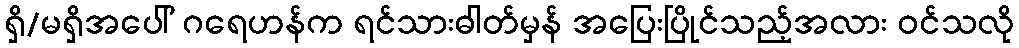
ရှိ/မရှိအပေါ် ဂရေဟန်က ရင်သားဓါတ်မှန် အပြေးပြိုင်သည့်အလား ဝင်သလို